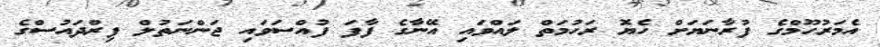
އެމަރުހޫމްގެ ފުރާނަޔަށް ހެޔޮ ރަހުމަތް ލައްވައި އޭނާގެ ފާފަ ފުއްސަވައި ޖަންނަތުލް ފިރްދައުސްގެ